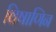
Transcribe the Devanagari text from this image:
विषाणिन